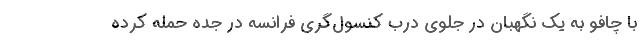
با چافو به یک نگهبان در جلوی درب کنسول‌گری فرانسه در جده حمله کرده